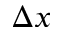
\Delta x